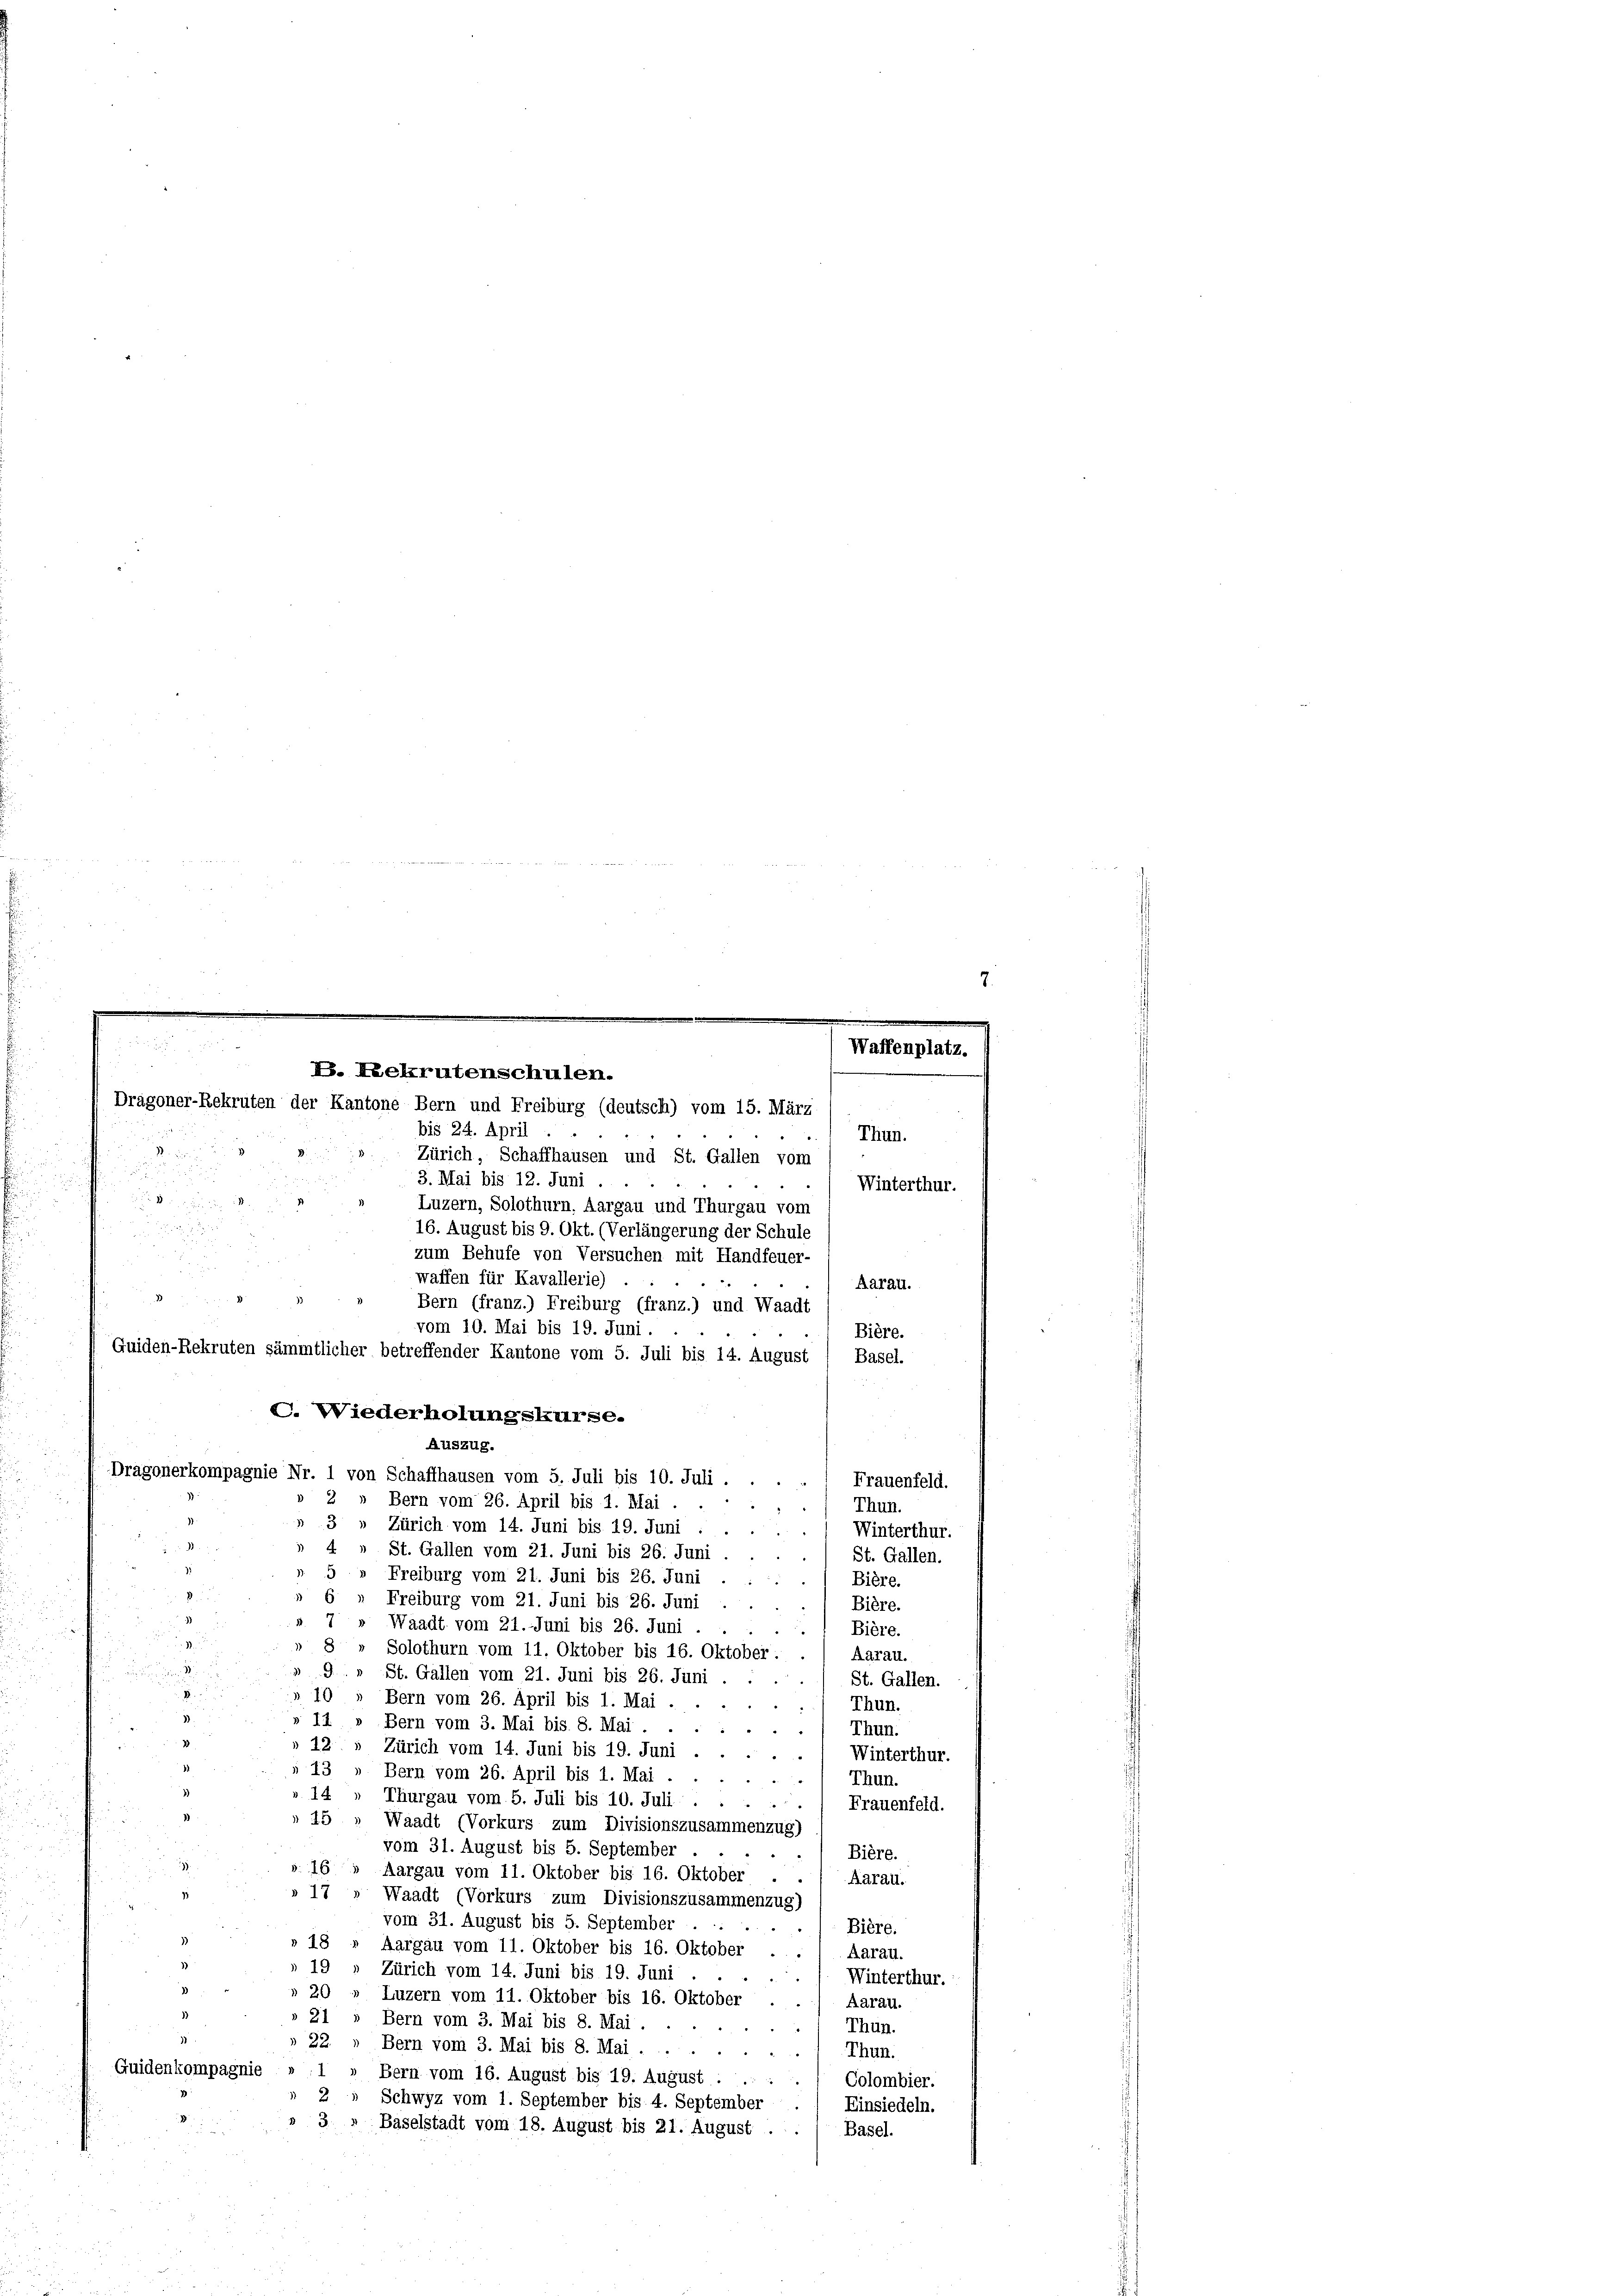
bis 24. April
Thun.
Zürich, Schaffhausen und St. Gallen vom
3. Mai bis 12. Juni
Winterthur.

Luzern, Solothurn, Aargau und Thurgau vom
16. August bis 9. Okt. (Verlängerung der Schule
zum Behufe von Versuchen mit Handfeuer-
waffen für Kavallerie)
Aarau.
Bern (franz.) Freiburg (franz.) und Waadt
vom 10. Mai bis 19. Juni
Bière.
Quiden-Rekruten sämmtlicher betreffender Kantone vom 5. Juli bis 14. August
Basel.
C. Wiederholungskurse.
Auszug.
Dragonerkompagnie Nr. 1 von Schaffhausen vom 5. Juli bis 10. Juli.
Frauenfeld.
» 2 » Bern vom 26. April bis 1. Mai
Thun.
»3» Zürich vom 14. Juni bis 19. Juni
Winterthur.
3
4.
St. Gallen vom 21. Juni bis 26. Juni.
St. Gallen.
5
Freiburg vom 21. Juni bis 26. Juni
Bière.
d
Freiburg vom 21. Juni bis 26. Juni
Bière.
Waadt vom 21. Juni bis 26. Juni . .
Bière.
Solothurn vom 11. Oktober bis 16. Oktober. ./ Aarau.
9. » St. Gallen vom 21. Juni bis 26. Juni .
St. Gallen.
10
Bern vom 26. April bis 1. Mai .
Thun.
2
» 12 " Bern vom 3. Mai bis 8. Mai . .
) Thun.
12.
Zürich vom 14. Juni bis 19. Juni
Winterthur.
.
Bern vom 26. April bis 1. Mai
Thun.
.
Thurgau vom 5. Juli bis 10. Juli.
) Frauenfeld.
Waadt (Vorkurs zum Divisionszusammenzug)
vom 31. August bis 5. September
Bière.
"
Aargau vom 11. Oktober bis 16. Oktober . . / Aarau.
17
Waadt (Vorkurs zum Divisionszusammenzug)
vom 31. August bis 5. September.
Bière.
Aargau vom 11. Oktober bis 16. Oktober
Aarau.
Zürich vom 14. Juni bis 19. Juni
Winterthur.
Luzern vom 11. Oktober bis 16. Oktober
Aarau.
Bern vom 3. Mai bis 8. Mai.
Thun.
22
Bern vom 3. Mai bis 8. Mai . .
Thun.
ompagnie
Bern vom 16. August bis 19. August . ..
Colombier.
Schwyz vom 1. September bis 4. September.
Einsiedeln.
Baselstadt vom 18. August bis 21. August
Basel.

B. Rekrutenschulen.
Dragoner-Rekruten der Kantone Bern und Freiburg (deutsch) vom 15. März

Waffenplat